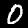
Label: 0